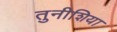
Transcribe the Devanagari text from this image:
तुनीशिया